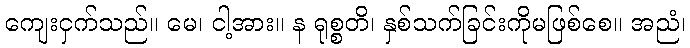
ကျေးငှက်သည်။ မေ၊ ငါ့အား။ န ရုစ္စတိ၊ နှစ်သက်ခြင်းကိုမဖြစ်စေ။ အညံ၊